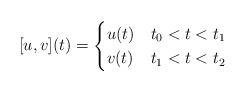
LaTeX: \begin{align*} [u,v](t) = \begin{cases} u(t) &t_0 < t < t_1 \\ v(t) &t_1 < t < t_2 \end{cases}\end{align*}